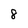
Character: 8